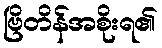
ဗြိတိန်အစိုးရ၏